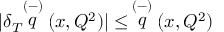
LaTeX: | \delta _ { T } \! \! \stackrel { ( - ) } { q } ( x , Q ^ { 2 } ) | \leq \, \stackrel { ( - ) } { q } ( x , Q ^ { 2 } )